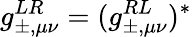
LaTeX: g_{\pm,\mu\nu}^{LR}=(g_{\pm,\mu\nu}^{RL})^{*}